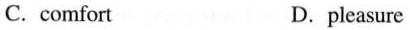
C.comfort